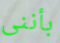
بأننى